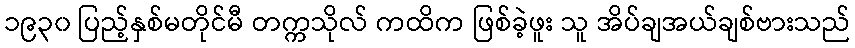
၁၉၃၀ ပြည့်နှစ်မတိုင်မီ တက္ကသိုလ် ကထိက ဖြစ်ခဲ့ဖူး သူ အိပ်ချအယ်ချစ်ဗားသည်